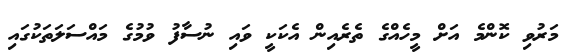
މަރުވި ކޮންމެ އަށް މީހެއްގެ ތެރެއިން އެކަކީ ވައި ނުސާފު ވުމުގެ މައްސަލަތަކުގައި